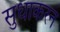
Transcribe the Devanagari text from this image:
सुधाकरन